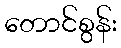
တောင်စွန်း